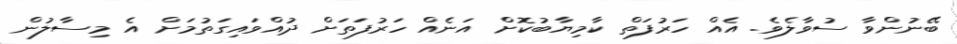
ބޭނުންވާ ސުވާލެވެެ. އެއް ހަރުފަތް ކާމިޔާބުކޮށް އަނެއް ހަރުފަތަށް ދުއްވައިގަތުމަށް އެ މިސާލުން